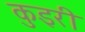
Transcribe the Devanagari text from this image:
कुइरी